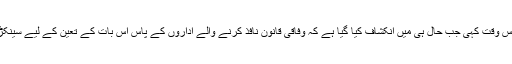
جانسن نے یہ بات ’اے بی سی‘ ٹیلی وژن چینل کے پروگرام ’دس ویک‘ میں اس وقت کہی جب حال ہی میں انکشاف کیا گیا ہے کہ وفاقی قانون نافذ کرنے والے اداروں کے پاس اس بات کے تعین کے لیے سینکڑوں تحقیقی کیس کھلے ہیں کہ کون مقامی دہشت گردی کا خطرہ بن سکتا ہے۔